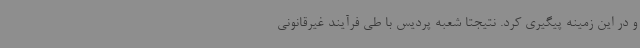
و در این زمینه پیگیری کرد. نتیجتا شعبه پردیس با طی فرآیند غیرقانونی